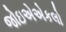
જોઇએએકલો